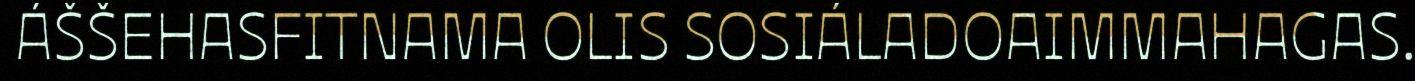
ÁŠŠEHASFITNAMA OLIS SOSIÁLADOAIMMAHAGAS.